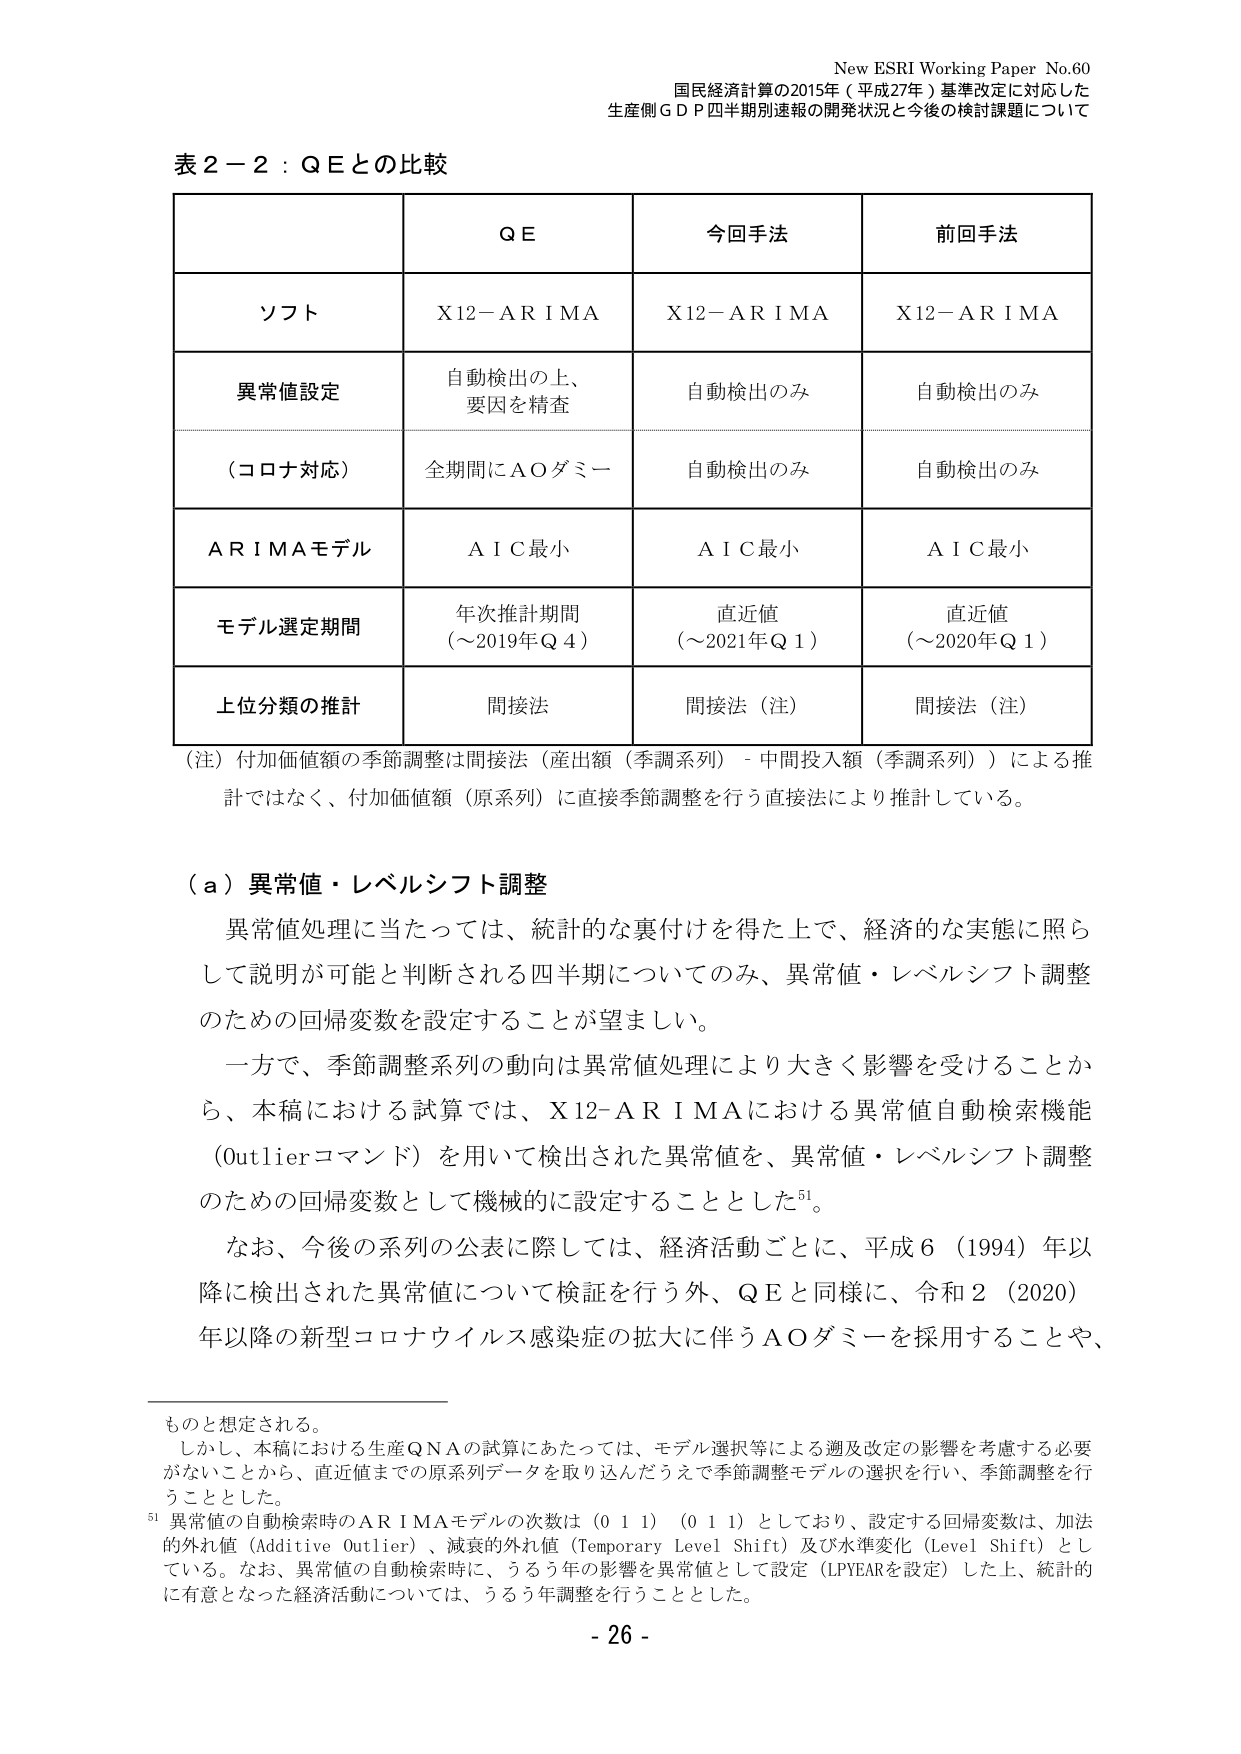
New ESRI Working Paper No.60
国民経済計算の2015年（平成27年）基準改定に対応した
生産側GDP四半期別速報の開発状況と今後の検討課題について

表2－2：QEとの比較

| | QE | 今回手法 | 前回手法 |
|---|---|---|---|
| ソフト | X12－ARIMA | X12－ARIMA | X12－ARIMA |
| 異常値設定 | 自動検出の上、要因を精査 | 自動検出のみ | 自動検出のみ |
| （コロナ対応） | 全期間にAOダミー | 自動検出のみ | 自動検出のみ |
| ARIMAモデル | AIC最小 | AIC最小 | AIC最小 |
| モデル選定期間 | 年次推計期間（～2019年Q4） | 直近値（～2021年Q1） | 直近値（～2020年Q1） |
| 上位分類の推計 | 間接法 | 間接法（注） | 間接法（注） |

（注）付加価値額の季節調整は間接法（産出額（季調系列）－中間投入額（季調系列））による推計ではなく、付加価値額（原系列）に直接季節調整を行う直接法により推計している。

（a）異常値・レベルシフト調整
異常値処理に当たっては、統計的な裏付けを得た上で、経済的な実態に照らして説明が可能と判断される四半期についてのみ、異常値・レベルシフト調整のための回帰変数を設定することが望ましい。
一方で、季節調整系列の動向は異常値処理により大きく影響を受けることから、本稿における試算では、X12－ARIMAにおける異常値自動検索機能（Outlierコマンド）を用いて検出された異常値を、異常値・レベルシフト調整のための回帰変数として機械的に設定することとした⁵¹。
なお、今後の系列の公表に際しては、経済活動ごとに、平成6（1994）年以降に検出された異常値について検証を行う外、QEと同様に、令和2（2020）年以降の新型コロナウイルス感染症の拡大に伴うAOダミーを採用することや、

ものと想定される。
しかし、本稿における生産QNAの試算にあたっては、モデル選択等による週及改定の影響を考慮する必要がないことから、直近値までの原系列データを取り込んだうえで季節調整モデルの選択を行い、季節調整を行うこととした。
⁵¹ 異常値の自動検索時のARIMAモデルの次数は（0 1 1）（0 1 1）としており、設定する回帰変数は、加法的外れ値（Additive Outlier）、減衰的外れ値（Temporary Level Shift）及び水準変化（Level Shift）としている。なお、異常値の自動検索時に、うるう年の影響を異常値として設定（LPYEARを設定）した上、統計的に有意となった経済活動については、うるう年調整を行うこととした。

- 26 -